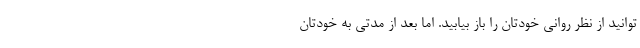
توانید از نظر روانی خودتان را باز بیابید. اما بعد از مدتی به خودتان